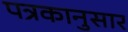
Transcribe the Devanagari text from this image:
पत्रकानुसार